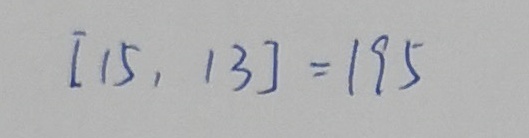
[ 1 5 , 1 3 ] = 1 9 5